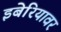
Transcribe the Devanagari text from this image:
इबेरियावर